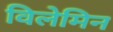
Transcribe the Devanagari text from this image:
विलेमिन